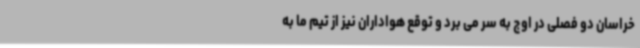
خراسان دو فصلی در اوج به سر می برد و توقع هواداران نیز از تیم ما به